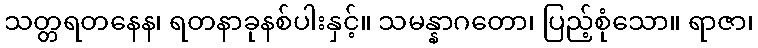
သတ္တရတနေန၊ ရတနာခုနစ်ပါးနှင့်။ သမန္နာဂတော၊ ပြည့်စုံသော။ ရာဇာ၊